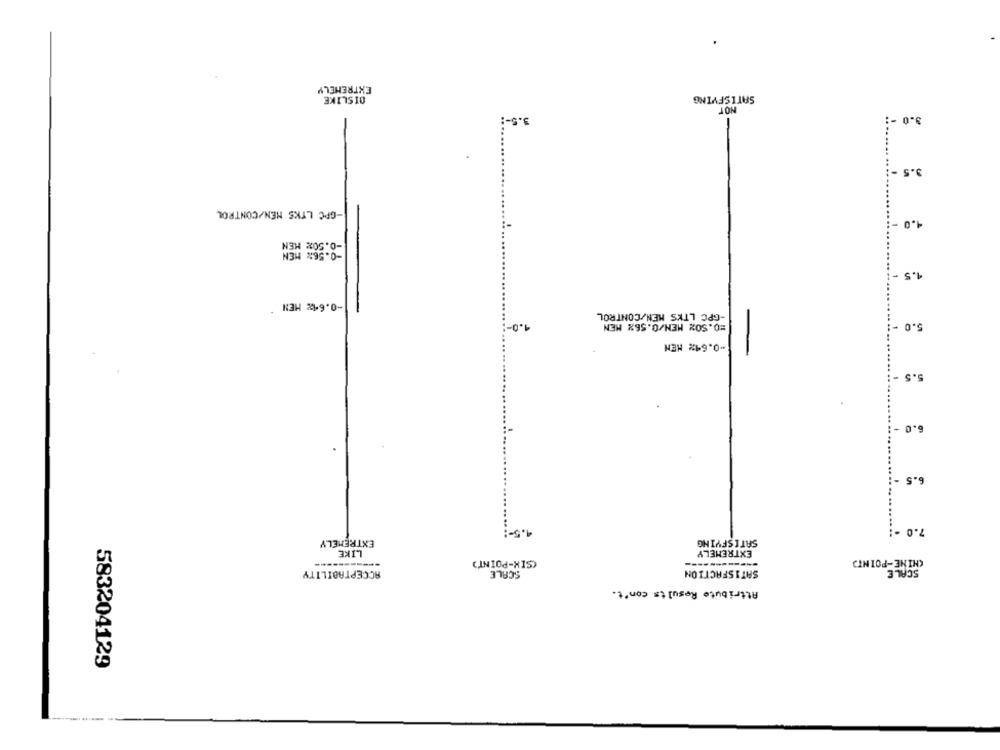
EXTREMELY
DISLIKE
SATISFYING
NOT
3.5 -!
3.0-
3.5 -
-GPC LTKS MEN/CONTROL
4.0 -
-0.50% MEN
-0.56% MEN
4.5 -
-0.6% HEN
-GPC LTKS MEN/CONTROL
1.0-1
=0.50% MEN/0.56% MEN
5.0 -
-0.64% MEN
5.5
6.0
6.5 -
1.5 -:
7.0 .
EXTREMELY
SATISFYING
LIKE
EXTREMELY
(SIX-POINT)
CHINE-POINT
SATISFACTION
ACCEPTABILITY
SCALE
SCALE
Attribute Results con't.
583204129